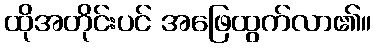
ထိုအတိုင်းပင် အဖြေထွက်လာ၏။